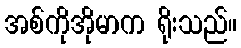
အစ်ကိုအိုမာက ရိုးသည်။